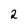
Character: 2